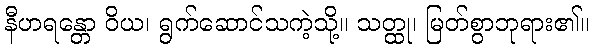
နီဟရန္တော ဝိယ၊ ရွက်ဆောင်သကဲ့သို့။ သတ္ထု၊ မြတ်စွာဘုရား၏။